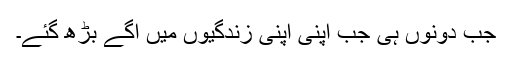
جب دونوں ہی جب اپنی اپنی زندگیوں میں آگے بڑھ گئے۔